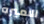
الاميره